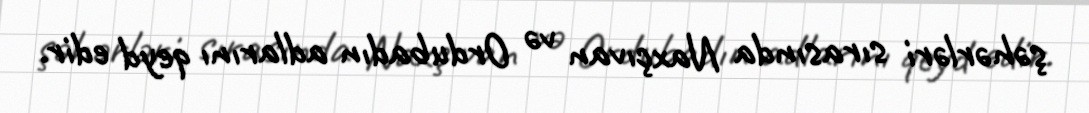
şəhərləri sırasında Naxçıvan və Ordubadın adlarını qeyd edir.